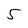
Character: 5